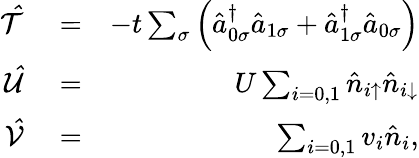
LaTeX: \begin{array}{rlr}{\mathcal{\hat{T}}}&{{}=}&{-t\sum_{\sigma}\left(\hat{a}_{0\sigma}^{\dagger}\hat{a}_{1\sigma}+\hat{a}_{1\sigma}^{\dagger}\hat{a}_{0\sigma}\right)}\\ {\mathcal{\hat{U}}}&{{}=}&{U\sum_{i=0,1}\hat{n}_{i\uparrow}\hat{n}_{i\downarrow}}\\ {\mathcal{\hat{V}}}&{{}=}&{\sum_{i=0,1}v_{i}\hat{n}_{i},}\end{array}